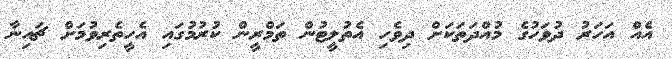
އެއް އަހަރު ދުވަހުގެ މުއްދަތަކަށް ދިވެހި އެތުލީޓުން ތަމްރީން ކުރުމުގައި އެހީތެރިވުމަށް ޗައިނާ